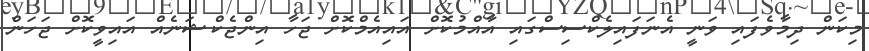
މިކަން ދިމާވެފައި ވަނީ އެނަފައިލެކްސިސްގައި އާއްމުކޮށް އައިއެމްކޮށް ޖަހާ އިންޖެކްޝަނެއް އައިވީކޮށް ޖަހަން